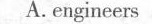
A. engineers